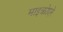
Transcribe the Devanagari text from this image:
माइक्रोएरे